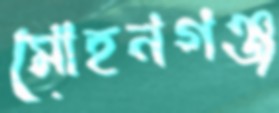
মোহনগঞ্জ